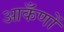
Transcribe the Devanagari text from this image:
आकँणों